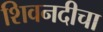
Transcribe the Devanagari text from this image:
शिवनदीचा